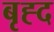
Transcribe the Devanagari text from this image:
बृह्द